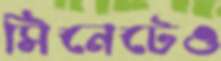
সিনেটেও